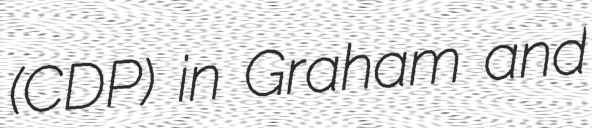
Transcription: (CDP) in Graham and